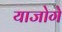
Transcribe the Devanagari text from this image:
याजोगे